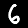
Digit: 6